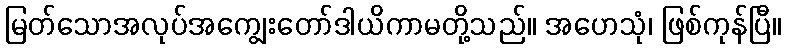
မြတ်သောအလုပ်အကျွေးတော်ဒါယိကာမတို့သည်။ အဟေသုံ၊ ဖြစ်ကုန်ပြီ။